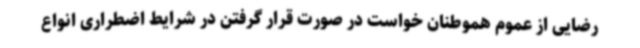
رضایی از عموم هموطنان خواست در صورت قرار گرفتن در شرایط اضطراری انواع